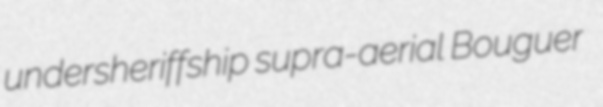
undersheriffship supra-aerial Bouguer